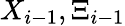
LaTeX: X_{i-1},\Xi_{i-1}